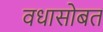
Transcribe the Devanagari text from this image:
वधासोबत